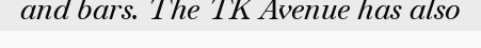
and bars. The TK Avenue has also